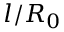
l / R _ { 0 }